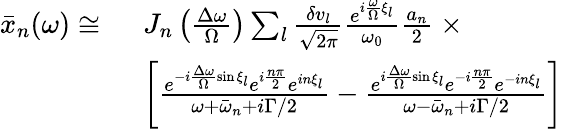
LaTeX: \begin{array}{rl}{\bar{x}_{n}(\omega)\cong\ }&{J_{n}\left(\frac{\Delta\omega}{\Omega}\right)\sum_{l}\frac{\delta v_{l}}{\sqrt{2\pi}}\frac{e^{i\frac{\omega}{\Omega}\xi_{l}}}{\omega_{0}}\frac{a_{n}}{2}\ \times}\\ &{\left[\frac{e^{-i\frac{\Delta\omega}{\Omega}\sin{\xi_{l}}}e^{i\frac{n\pi}{2}}e^{in\xi_{l}}}{\omega+\bar{\omega}_{n}+i\Gamma/2}-\frac{e^{i\frac{\Delta\omega}{\Omega}\sin{\xi_{l}}}e^{-i\frac{n\pi}{2}}e^{-in\xi_{l}}}{\omega-\bar{\omega}_{n}+i\Gamma/2}\right]}\end{array}